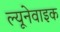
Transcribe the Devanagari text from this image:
ल्यूनेवाइक